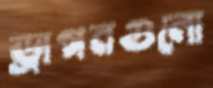
ড্রাগনগুলো